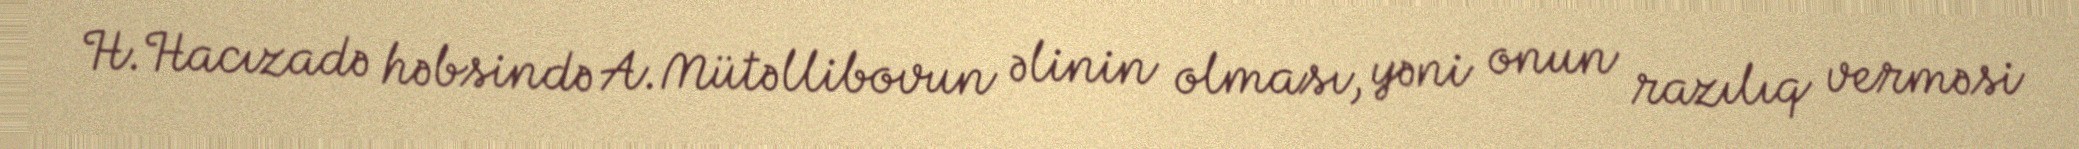
H.Hacızadə həbsində A.Mütəllibovun əlinin olması, yəni onun razılıq verməsi